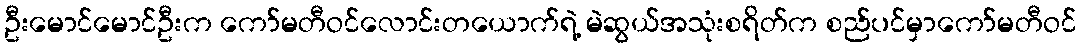
ဦးမောင်မောင်ဦးက ကော်မတီဝင်လောင်းတယောက်ရဲ့ မဲဆွယ်အသုံးစရိတ်က စည်ပင်မှာကော်မတီဝင်